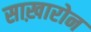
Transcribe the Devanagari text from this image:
साख़ारोन